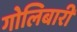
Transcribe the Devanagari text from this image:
गोलिबारी